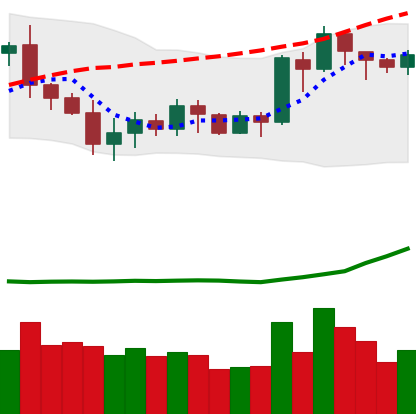
Ticker: ETH-USD
Chart end date: 2020-07-12
Forward return: -3.865%
Label: down_3_5